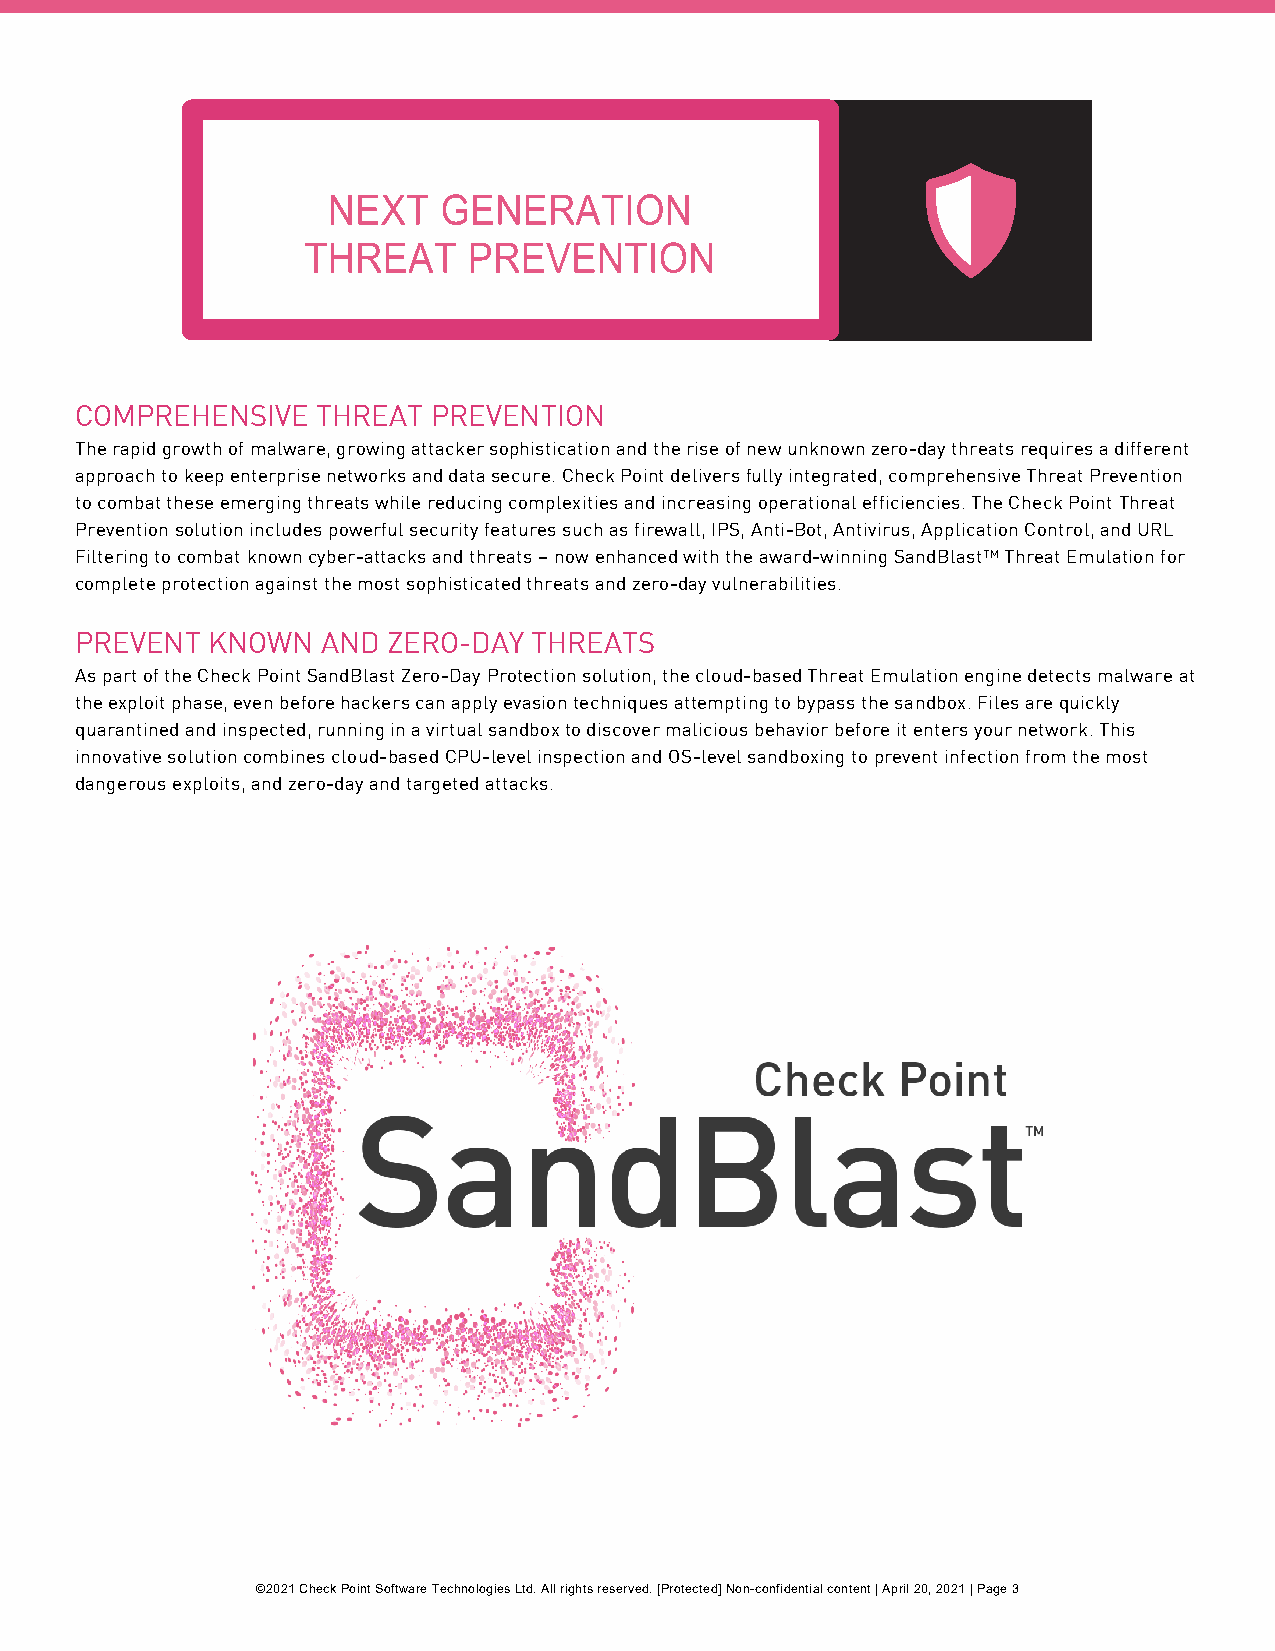
COMPREHENSIVE   THREAT  PREVENTION
 The rapid growth of malware, growing attacker sophistication and the rise of new unknown zero-day threats requires a different
 approach to keep enterprise networks and data secure. Check Point delivers fully integrated, comprehensive Threat Prevention
 to combat these emerging threats while reducing complexities and increasing operational efficiencies. The Check Point Threat
 Prevention solution includes powerful security features such as firewall, IPS, Anti-Bot, Antivirus, Application Control, and URL
 Filtering to combat known cyber-attacks and threats – now enhanced with the award-winning SandBlast™ Threat Emulation for
 complete protection against the most sophisticated threats and zero-day vulnerabilities.
 PREVENT  KNOWN  AND  ZERO-DAY THREATS
 As part of the Check Point SandBlast Zero-Day Protection solution, the cloud-based Threat Emulation engine detects malware at
 the exploit phase, even before hackers can apply evasion techniques attempting to bypass the sandbox. Files are quickly
 quarantined and inspected, running in a virtual sandbox to discover malicious behavior before it enters your network. This
 innovative solution combines cloud-based CPU-level inspection and OS-level sandboxing to prevent infection from the most
 dangerous exploits, and zero-day and targeted attacks.
 ©2021 Check Point Software Technologies Ltd. All rights reserved. [Protected] Non-confidential content | April 20, 2021 | Page 3